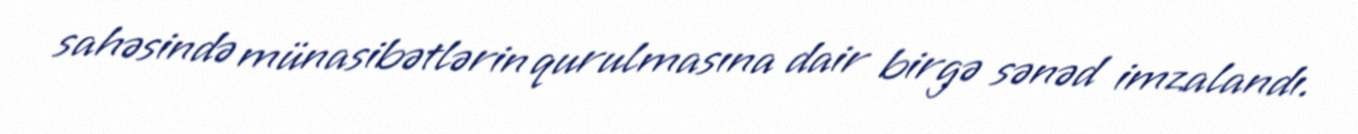
sahəsində münasibətlərin qurulmasına dair birgə sənəd imzalandı.